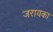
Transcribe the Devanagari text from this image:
जरायका